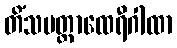
တိံသမတ္တာထေရီဂါထာ